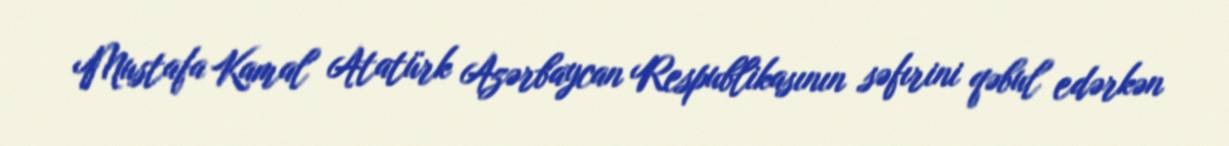
Mustafa Kamal Atatürk Azərbaycan Respublikasının səfırini qəbul edərkən